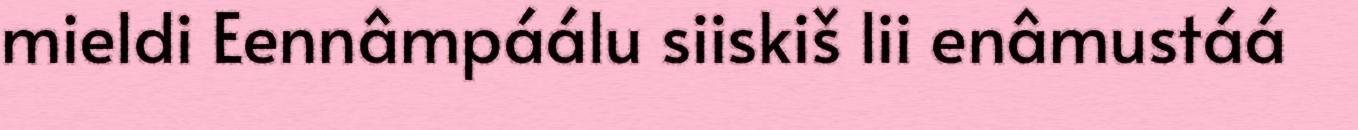
mieldi Eennâmpáálu siiskiš lii enâmustáá